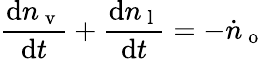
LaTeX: \frac{\mathrm{d}n_{\mathrm{~v~}}}{\mathrm{d}t}+\frac{\mathrm{d}n_{\mathrm{~l~}}}{\mathrm{d}t}=-\dot{n}_{\mathrm{~o~}}